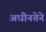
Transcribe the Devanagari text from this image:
अधीनतेने